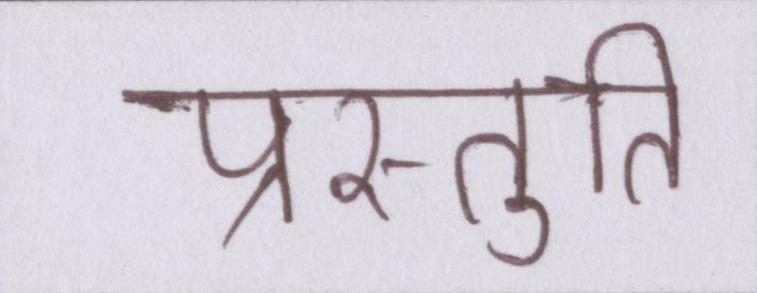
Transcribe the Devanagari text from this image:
प्रस्तुति